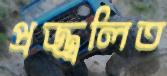
প্রজ্জ্বলিত